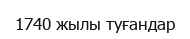
1740 жылы туғандар